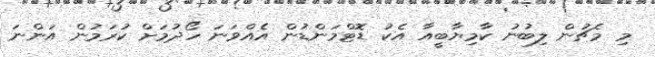
މި މެޗުން ލިބުނު ކާމިޔާބީއާ އެކު ޑޮޓްމަންޑުން އެއްވަނަ ހޯދުމަށް ކުރަމުން އަންނަ